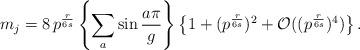
LaTeX: \begin{align*}m_j =8\, p^{\frac{r}{6s}}\left\{\sum_a \sin \frac{a\pi}{g}\right\}\left\{ 1+(p^{\frac{r}{6s}})^2+{\mathcal O}((p^{\frac{r}{6s}})^4)\right\}.\end{align*}